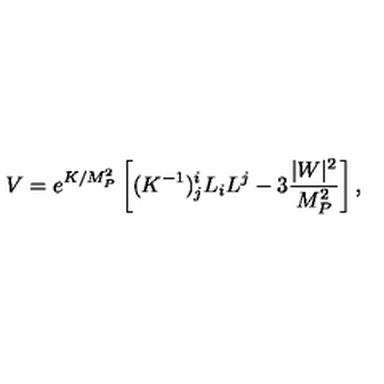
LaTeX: V = e ^ { K / M _ { P } ^ { 2 } } \left[ ( K ^ { - 1 } ) _ { j } ^ { i } L _ { i } L ^ { j } - 3 \frac { | W | ^ { 2 } } { M _ { P } ^ { 2 } } \right] ,